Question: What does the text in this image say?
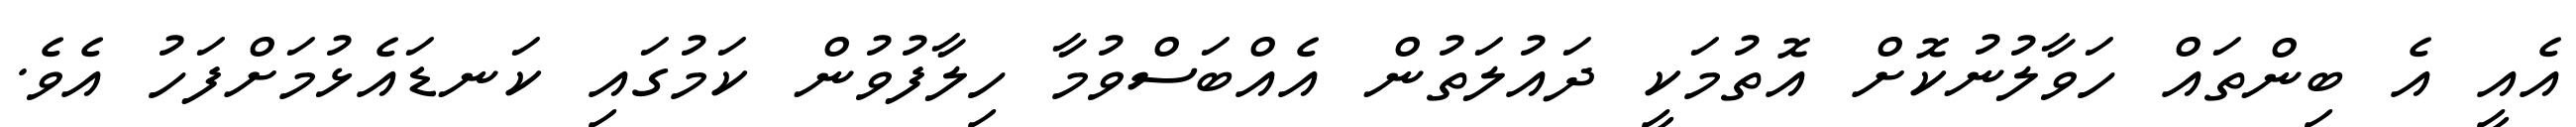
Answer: އެއީ އެ ބިންތައް ހަވާލުނުކޮށް އޮތުމަކީ ދައުލަތުން އެއްބަސްވުމާ ހިލާފުވުން ކަމުގައި ކަނޑައެޅުމަށްފަހު އެވެ.